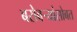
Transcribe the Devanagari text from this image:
बरोबर्‍यांसोबत